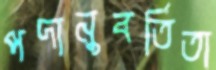
পদানুবর্তিতা